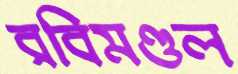
রবিমণ্ডল